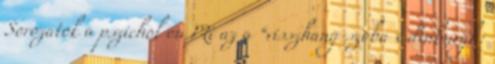
Sorozatok a pszichol on Mi az a “visszhang-szoba Edinburgh: